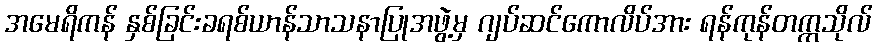
အမေရိကန် နှစ်ခြင်းခရစ်ယာန်သာသနာပြုအဖွဲ့မှ ဂျပ်ဆင်ကောလိပ်အား ရန်ကုန်တက္ကသိုလ်